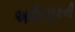
આઉટલૂકની